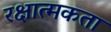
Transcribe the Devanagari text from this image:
रक्षात्मकता